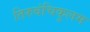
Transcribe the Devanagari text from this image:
तिरुवंचिकुलम